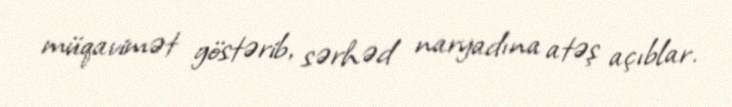
müqavimət göstərib, sərhəd naryadına atəş açıblar.